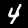
Digit: 4